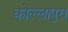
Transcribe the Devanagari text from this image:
कोल्लापुरा